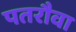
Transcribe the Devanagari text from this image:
पतरौवा